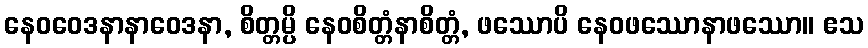
နေဝဝေဒနာနာဝေဒနာ, စိတ္တမ္ပိ နေဝစိတ္တံနာစိတ္တံ, ဖဿောပိ နေဝဖဿောနာဖဿော။ ဧသ